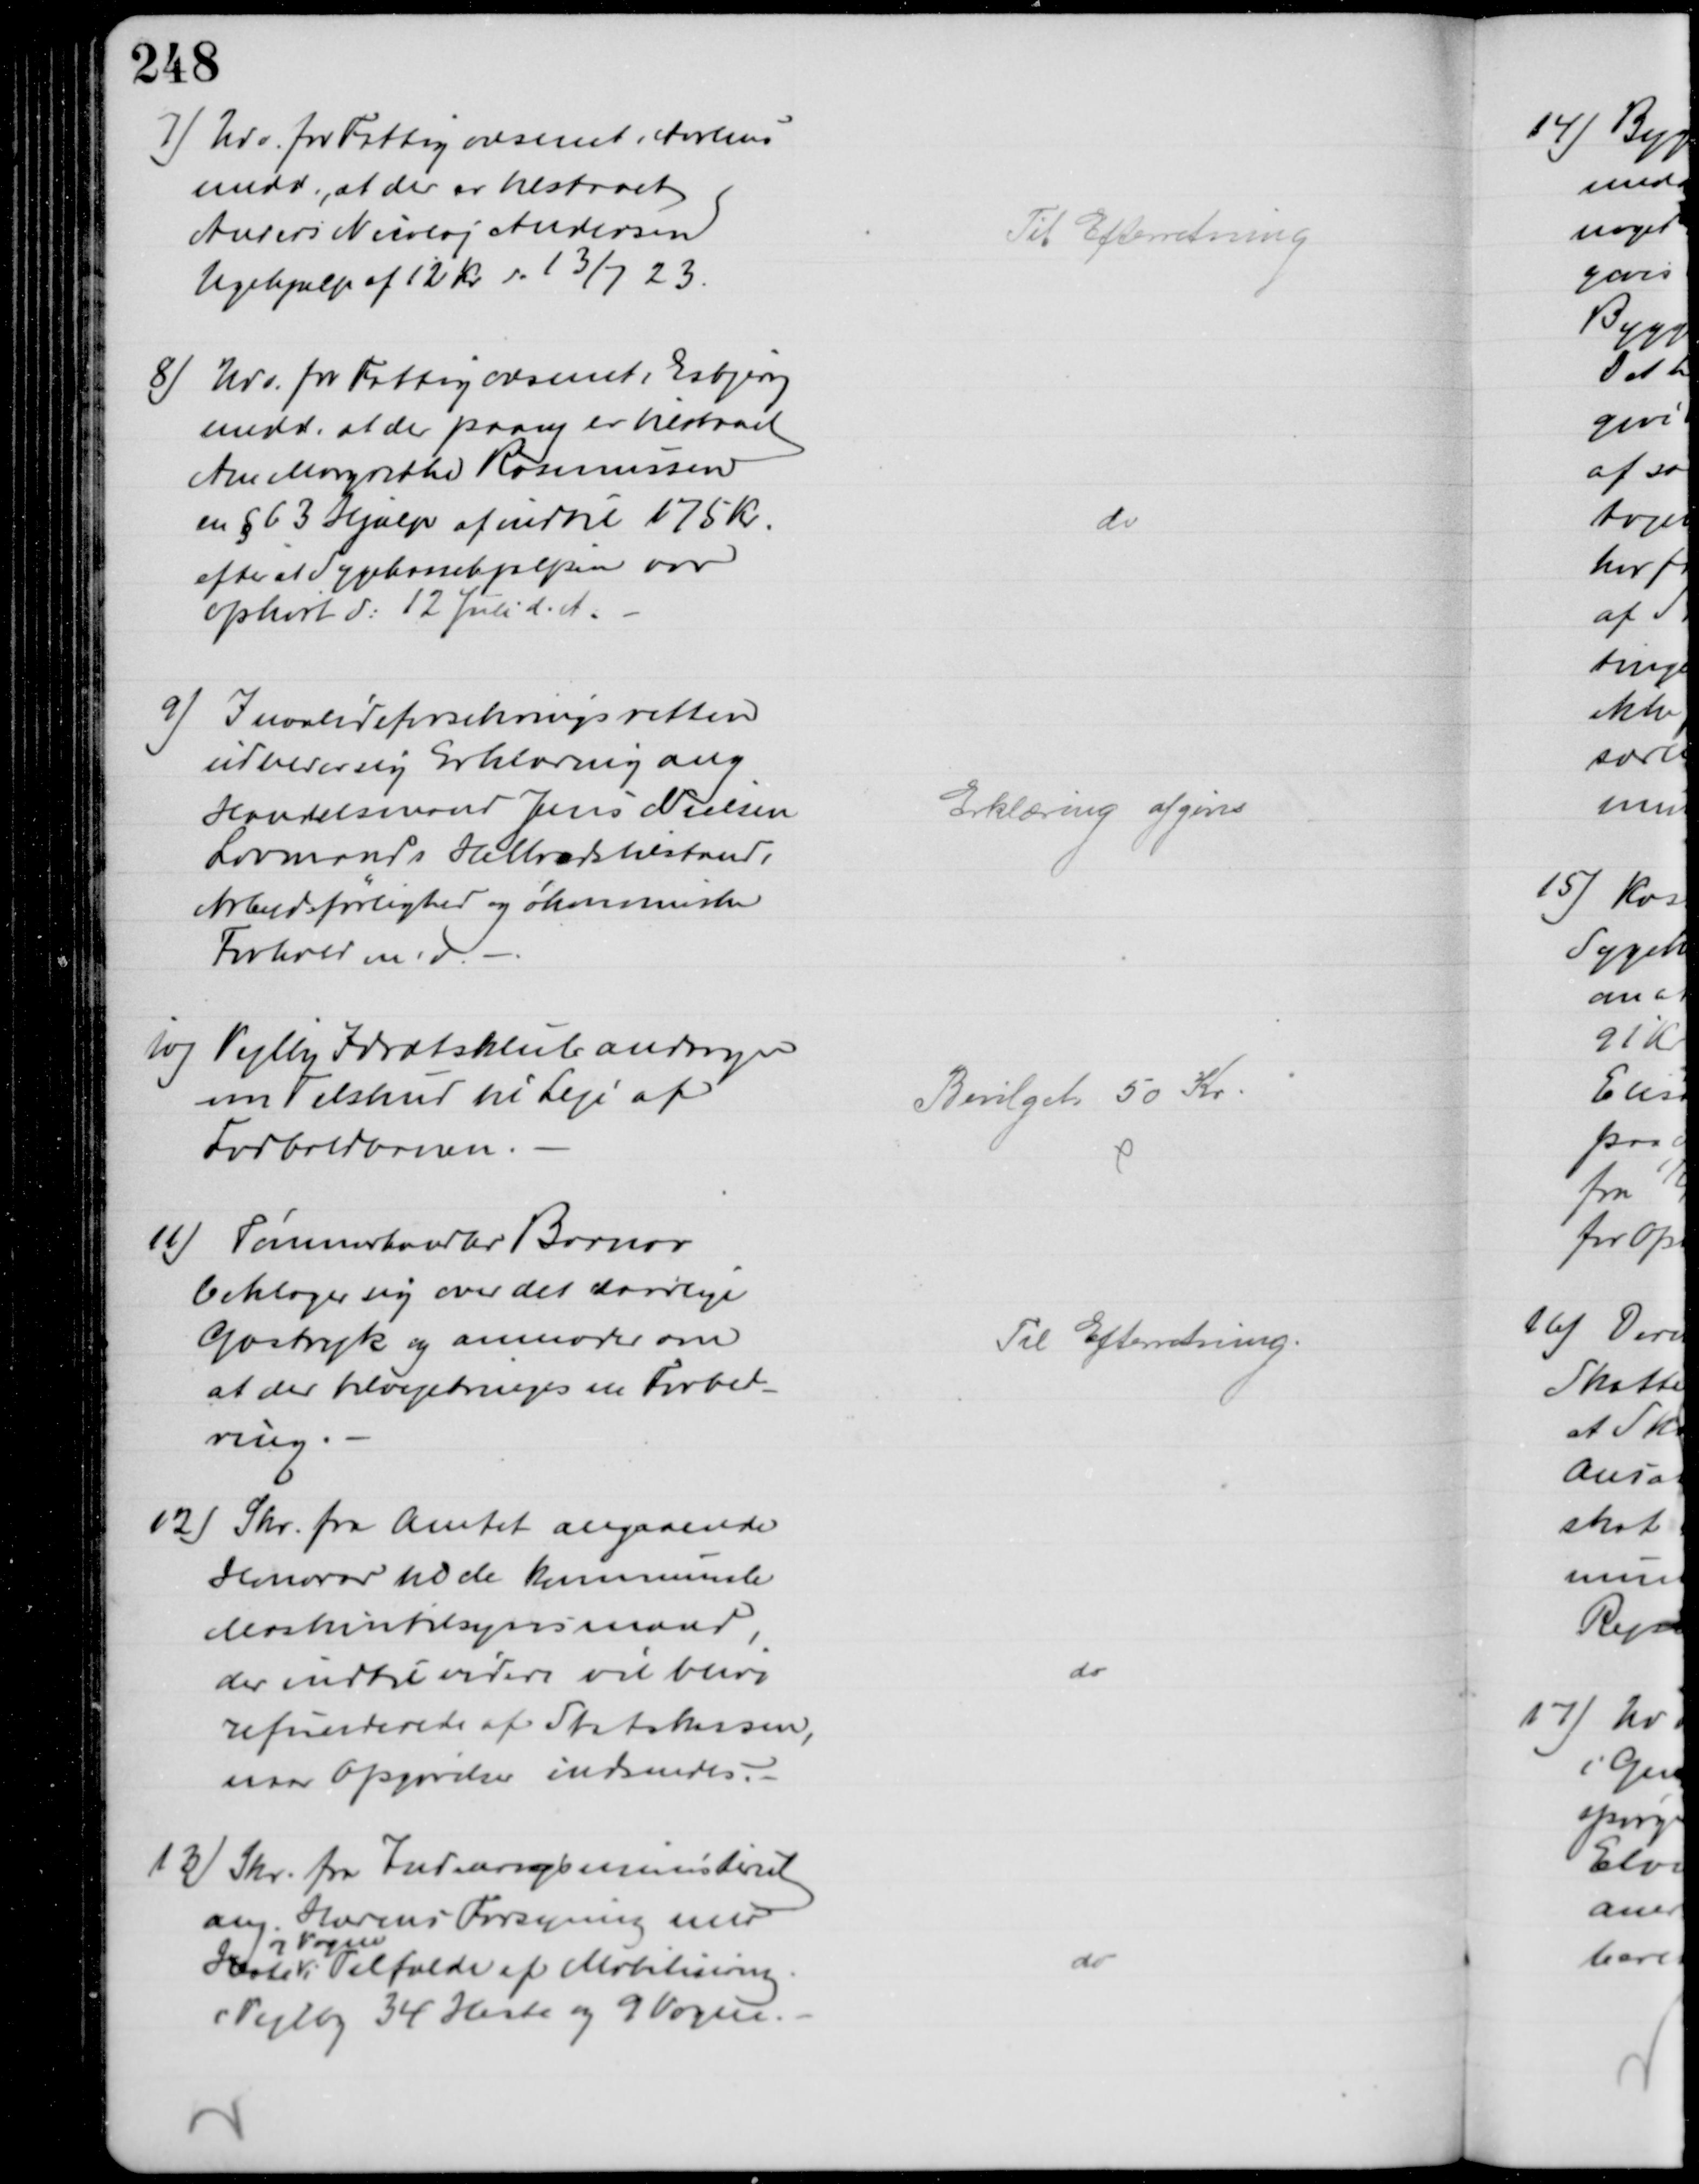
Transskription:
7) Udv. for Fattigvæsenet i Aarhus
medd., at der er tilstaaet
Anders Nicolaj Andersen
Ugehjælp af 12 Kr d. 13/7 23.
Til Efterretning
8) Udv. for Fattigvæsenet i Esbjerg
medd. at der paany er tilstaaet 
Ane Margrethe Rasmussen
en § 63 Hjælp af indtil 175 Kr.
efter at Sygekassehjælpen var
ophørt d: 12 Juli d. A.
do
9) Invalideforsikringsretten
udbeder sig Erklæring ang
Handelsmand Jens Nielsen
Lovmands Helbredstilstand,
Arbejdsførlighed og økomiske
Forhold m. v.
Erklæring afgives
10) Vejlby Idrætsklub andrager
om Tilskud til Leje af
Fodboldbanen.
Bevilget 50 Kr
11)
Tømmmerhandler Barnov
beklager sig over det daarlige
Gastryk og anmoder om
at der tilvejebringes en Forbed-
ring.
Til Efterretning
12) Skr. fra Amtet angaaende
Honorar til de kommunale
Maskintilsynsmand,
der indtil videre vil blive
refunderede af Statskassen,
naar Opgivelser indsendes.
do
13) Skr. fra Indenrigsministeriet
ang. Hærens Forsyning med
Heste 
og Vogne
i Tilfælde af Mobilisering.
Vejlby 34 Heste og 9 Vogne.
do